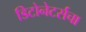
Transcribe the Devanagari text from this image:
डिटोनेटर्सचा